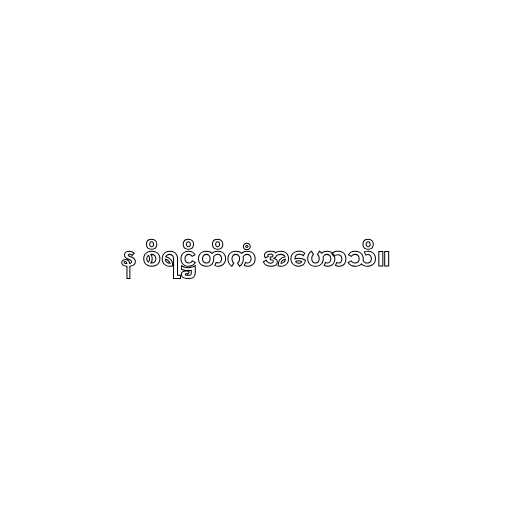
န စိရဋ္ဌိတိကံ အဟောသိ။